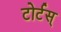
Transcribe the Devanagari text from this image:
टोर्टस्